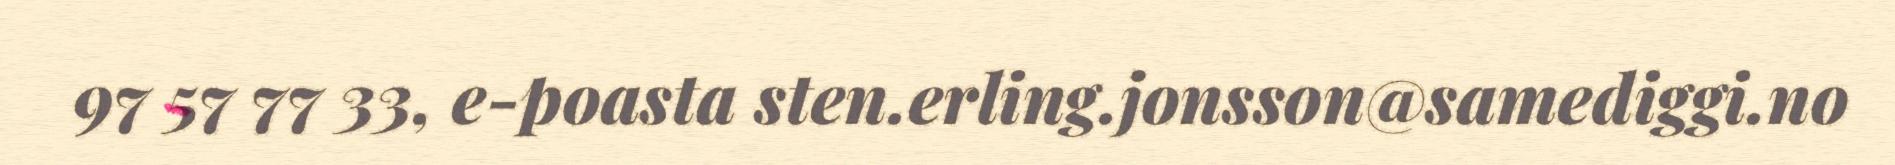
97 57 77 33, e-poasta sten.erling.jonsson@samediggi.no